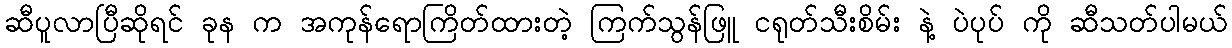
ဆီပူလာပြီဆိုရင် ခုန က အကုန်ရောကြိတ်ထားတဲ့ ကြက်သွန်ဖြူ ငရုတ်သီးစိမ်း နဲ့ ပဲပုပ် ကို ဆီသတ်ပါမယ်